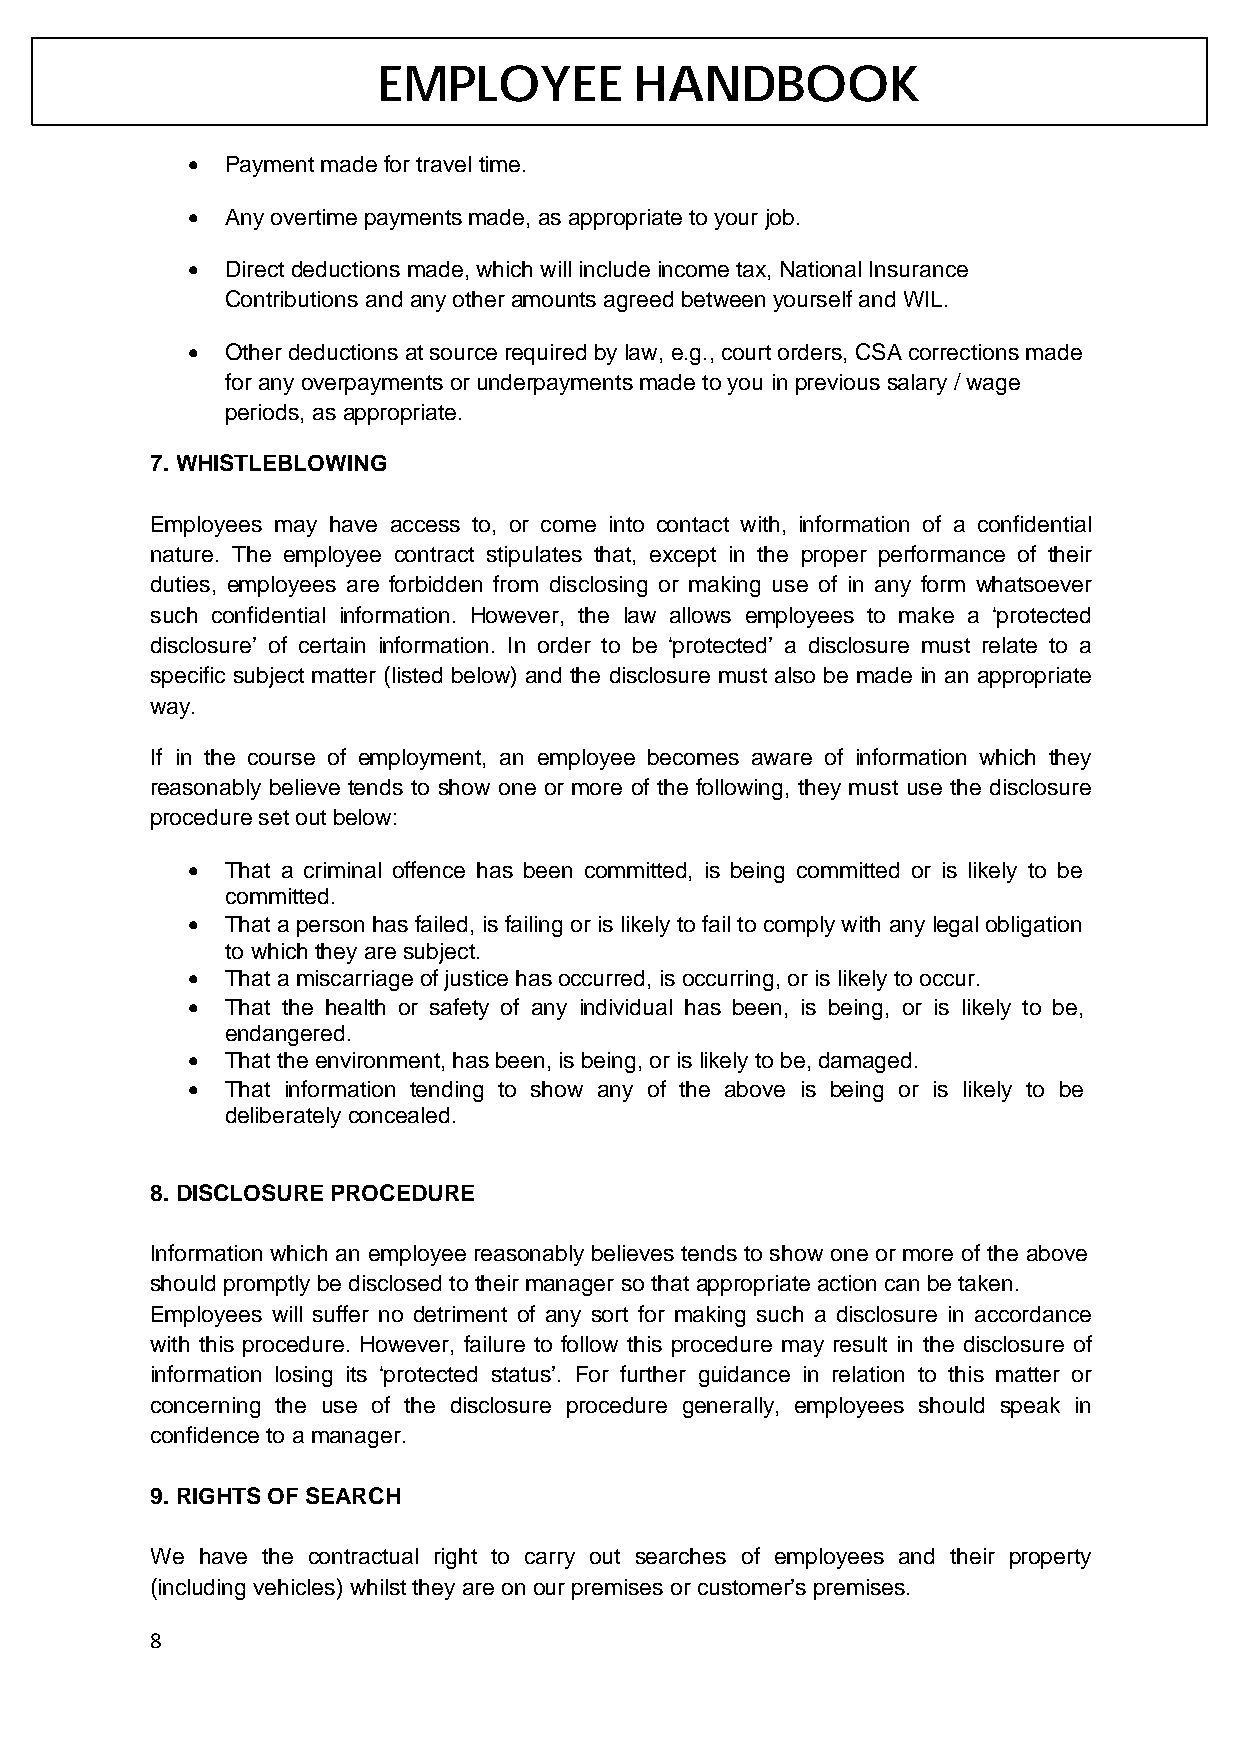
EMPLOYEE         HANDBOOK
 •  Payment made for travel time.
 •  Any overtime payments made, as appropriate to your job.
 •  Direct deductions made, which will include income tax, National Insurance
 Contributions and any other amounts agreed between yourself and WIL.
 •  Other deductions at source required by law, e.g., court orders, CSA corrections made
 for any overpayments or underpayments made to you in previous salary / wage
 periods, as appropriate.
 7. WHISTLEBLOWING
 Employees may have access to, or come into contact with, information of a confidential
 nature. The employee contract stipulates that, except in the proper performance of their
 duties, employees are forbidden from disclosing or making use of in any form whatsoever
 such confidential information. However, the law allows employees to make a ‘protected
 disclosure’ of certain information. In order to be ‘protected’ a disclosure must relate to a
 specific subject matter (listed below) and the disclosure must also be made in an appropriate
 way.
 If in the course of employment, an employee becomes aware of information which they
 reasonably believe tends to show one or more of the following, they must use the disclosure
 procedure set out below:
 •  That a criminal offence has been committed, is being committed or is likely to be
 committed.
 •  That a person has failed, is failing or is likely to fail to comply with any legal obligation
 to which they are subject.
 •  That a miscarriage of justice has occurred, is occurring, or is likely to occur.
 •  That the health or safety of any individual has been, is being, or is likely to be,
 endangered.
 •  That the environment, has been, is being, or is likely to be, damaged.
 •  That information tending to show any of the above is being or is likely to be
 deliberately concealed.
 8. DISCLOSURE PROCEDURE
 Information which an employee reasonably believes tends to show one or more of the above
 should promptly be disclosed to their manager so that appropriate action can be taken.
 Employees will suffer no detriment of any sort for making such a disclosure in accordance
 with this procedure. However, failure to follow this procedure may result in the disclosure of
 information losing its ‘protected status’. For further guidance in relation to this matter or
 concerning the use of the disclosure procedure generally, employees should speak in
 confidence to a manager.
 9. RIGHTS OF SEARCH
 We have the contractual right to carry out searches of employees and their property
 (including vehicles) whilst they are on our premises or customer’s premises.
 8